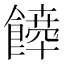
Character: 𩞴